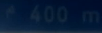
400 m